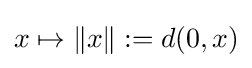
x\mapsto \|x\|:=d(0,x)